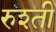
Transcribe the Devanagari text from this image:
रुश्ती